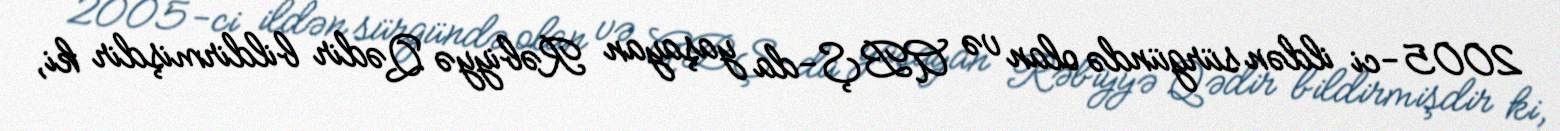
2005-ci ildən sürgündə olan və ABŞ-da yaşayan Rəbiyyə Qədir bildirmişdir ki,